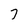
Character: 7